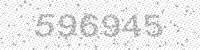
Solution: 596945